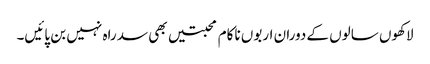
لاکھوں سالوں کے دوران اربوں ناکام محبتیں بھی سد راہ نہیں بن پائیں۔